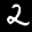
Label: 2